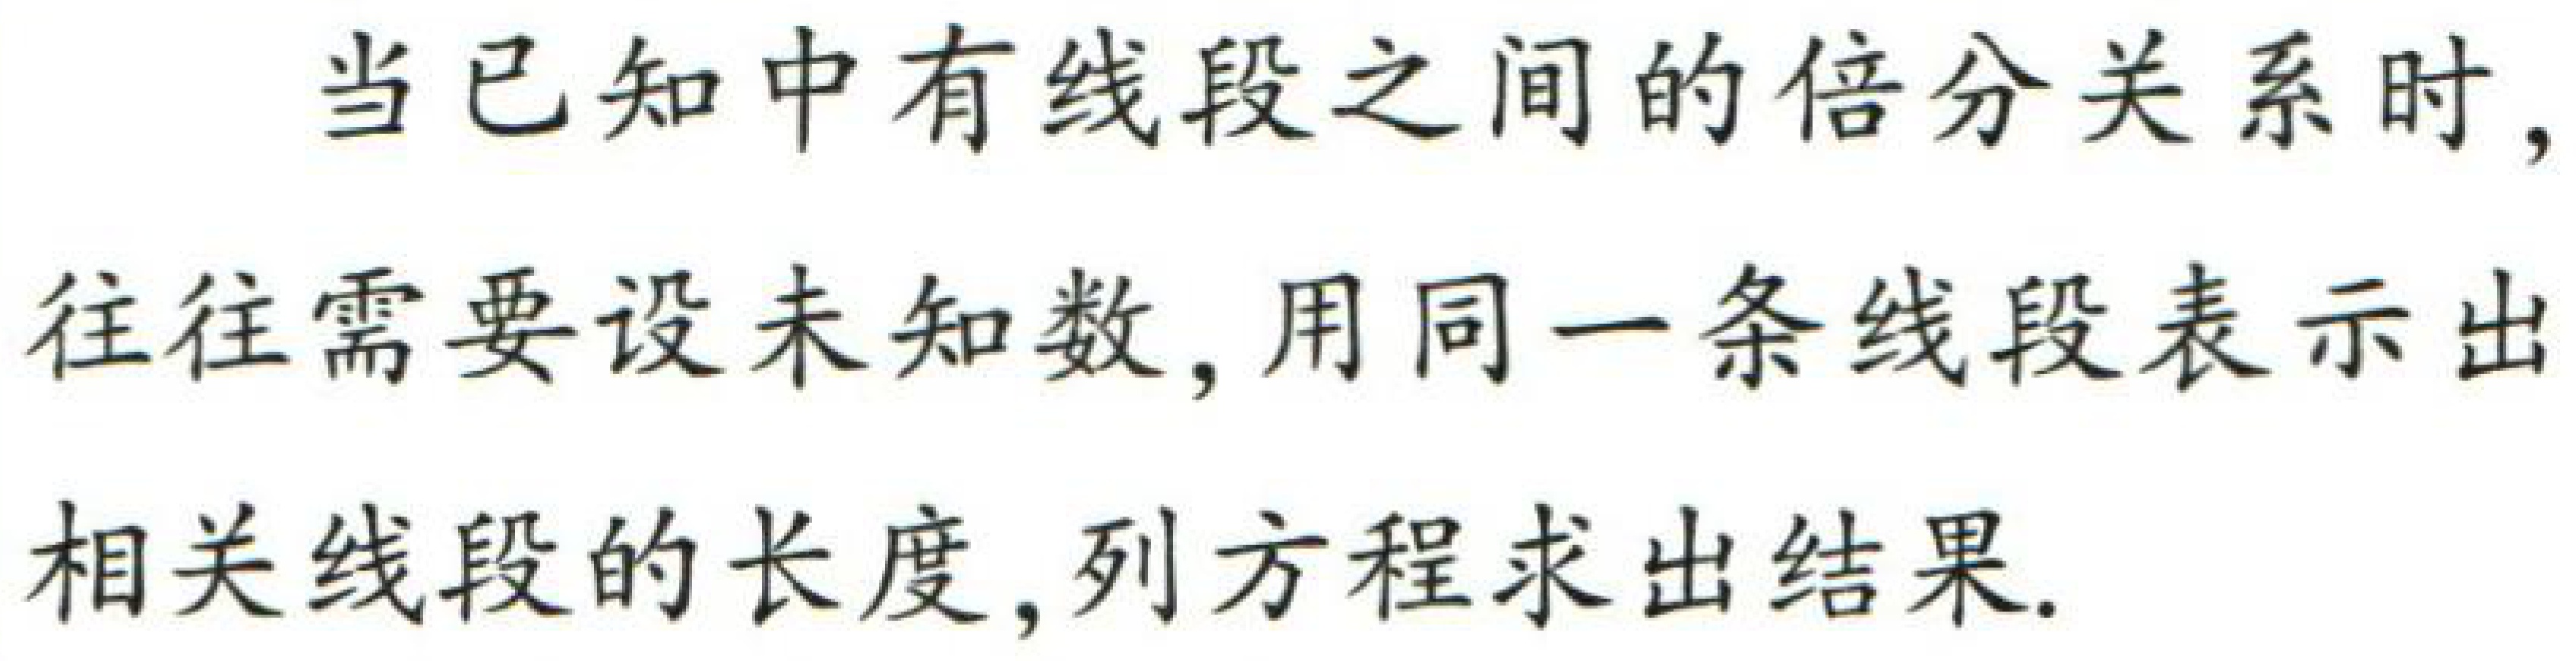
当已知中有线段之间的倍分关系时，往往需要设未知数，用同一条线段表示出相关线段的长度,列方程求出结果.